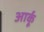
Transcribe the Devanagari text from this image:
आर्कू